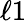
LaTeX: \ell{1}